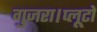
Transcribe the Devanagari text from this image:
गुजरा।प्लूटो